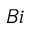
B i